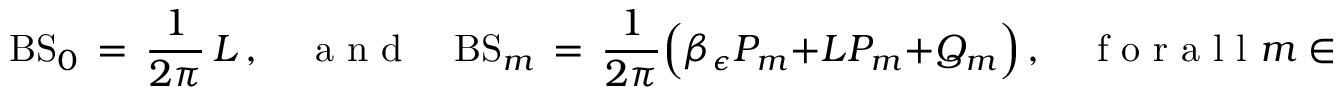
\mathrm { B S } _ { 0 } \, = \, \frac { 1 } { 2 \pi } \, L \, , \quad \mathrm { ~ a ~ n ~ d ~ } \quad \mathrm { B S } _ { m } \, = \, \frac { 1 } { 2 \pi } \Bigl ( \beta _ { \epsilon } P _ { m } + L P _ { m } + Q _ { m } \Bigr ) \, , \quad \mathrm { ~ f ~ o ~ r ~ a ~ l ~ l ~ } m \in \mathbb { N } ^ { * } \, .